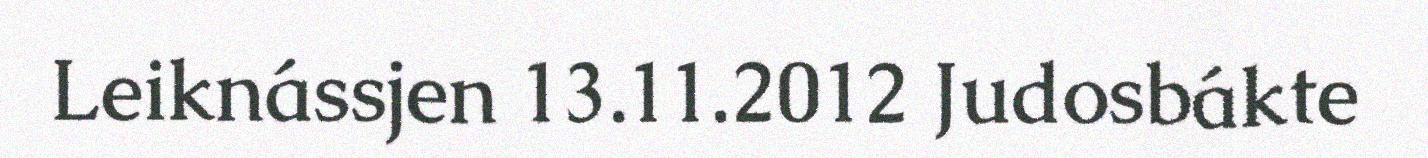
Leiknássjen 13.11.2012 Judosbákte